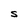
Character: S